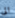
الى